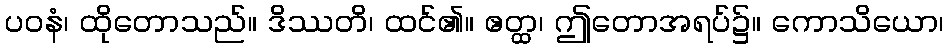
ပဝနံ၊ ထိုတောသည်။ ဒိဿတိ၊ ထင်၏။ ဧတ္ထ၊ ဤတောအရပ်၌။ ကောသိယော၊